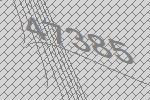
47385